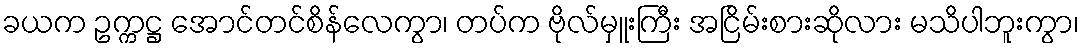
ခယက ဥက္ကဋ္ဌ အောင်တင်စိန်လေကွာ၊ တပ်က ဗိုလ်မှူးကြီး အငြိမ်းစားဆိုလား မသိပါဘူးကွာ၊